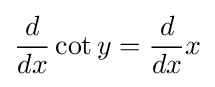
{\frac {d}{dx}}\cot y={\frac {d}{dx}}x